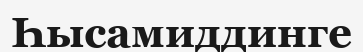
Һысамиддинге